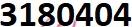
3180404